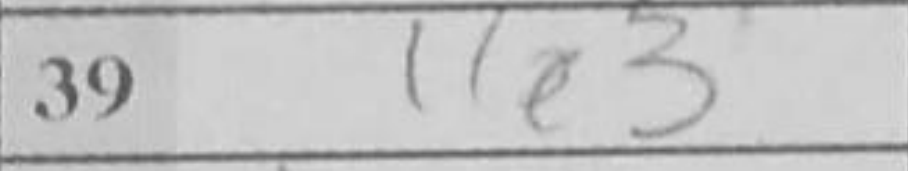
Transcription: Ke3